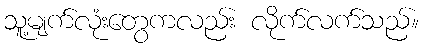
သူ့မျက်လုံးတွေကလည်း လိုက်လက်သည်။